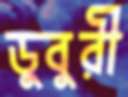
ডুবুরী